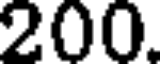
200.